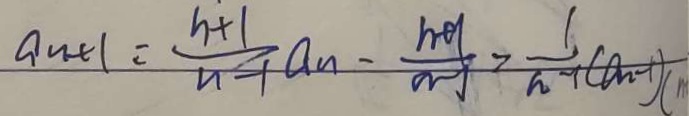
a _ { n + 1 } = \frac { n + 1 } { n - 1 } a _ { n } - \frac { n + 1 } { n - 1 } > \frac { 1 } { n - 1 } ( a _ { n - 1 } ) ( m